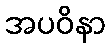
အပဝိနာ